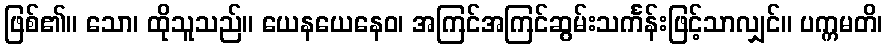
ဖြစ်၏။ သော၊ ထိုသူသည်။ ယေနယေနေဝ၊ အကြင်အကြင်ဆွမ်းသင်္ကန်းဖြင့်သာလျှင်။ ပက္ကမတိ၊